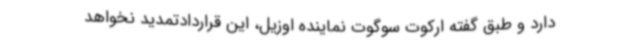
دارد و طبق گفته ارکوت سوگوت نماینده اوزیل، این قراردادتمدید نخواهد